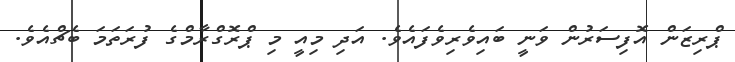
ޕްރިޒަން އޮފިސަރުން ވަނީ ބައިވެރިވެފައެވެ. އަދި މިއީ މި ޕްރޮގްރާމްގެ ފުރަތަމަ ބެޗްއެވެ.